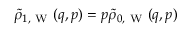
\tilde { \rho } _ { 1 , \mathrm { ~ W ~ } } ( q , p ) = p \tilde { \rho } _ { 0 , \mathrm { ~ W ~ } } ( q , p )